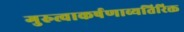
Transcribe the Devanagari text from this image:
गुरुत्वाकर्षणाव्यतिरिक्त